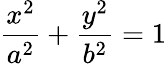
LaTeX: \frac{x^{2}}{a^{2}}+\frac{y^{2}}{b^{2}}=1